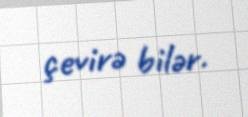
çevirə bilər.